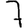
Digit: 7